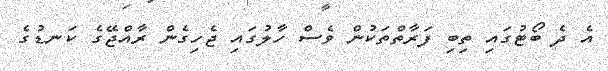
އެ ދެ ބޯޓުގައި ތިބި ފަރާތްތަކުން ވެސް ހާލުގައި ޖެހިގެން ރާއްޖޭގެ ކަނޑުގެ